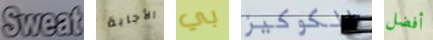
Sweat الأجابة بي الكوكيز أفضل